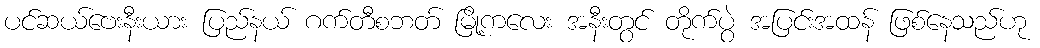
ပင်ဆယ်ဗေးနီးယား ပြည်နယ် ဂက်တီစဘတ် မြို့ကလေး အနီးတွင် တိုက်ပွဲ အပြင်းအထန် ဖြစ်နေသည်ဟု